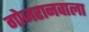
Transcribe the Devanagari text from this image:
गोजरानवाला